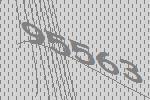
95563